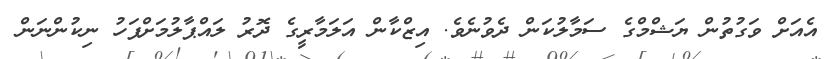
އެއަށް ވަގުތުން ޔަޝްމްގެ ސަމާލުކަން ދެވުނެވެ. އިޒްކާން އަލަމާރީގެ ދޮރު ލައްޕާލުމަށްފަހު ނިކުންނަން